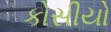
કોસીયો